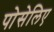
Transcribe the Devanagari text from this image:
पोसेलिए